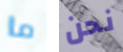
ما نحن